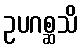
ဥပဂစ္ဆသိ